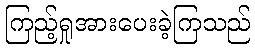
ကြည့်ရှုအားပေးခဲ့ကြသည်